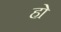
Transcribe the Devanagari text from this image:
हाे